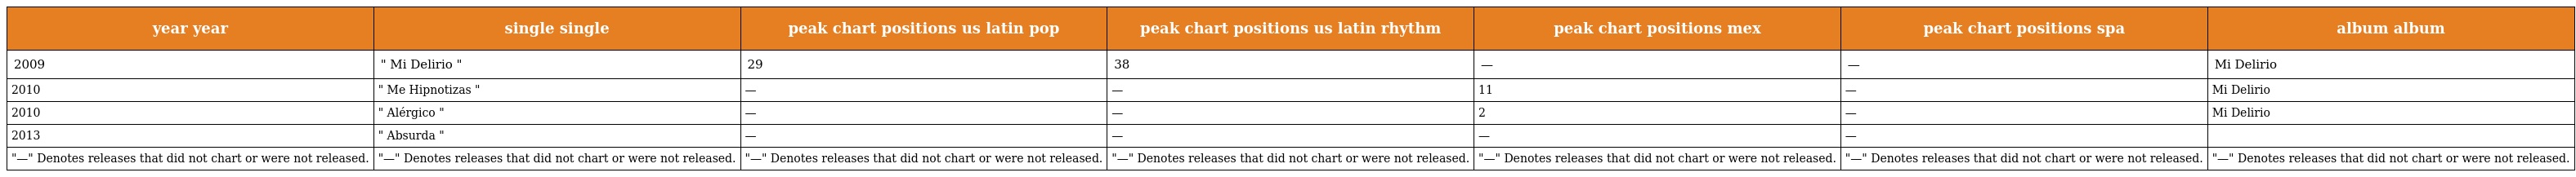
| year year | single single | peak chart positions us latin pop | peak chart positions us latin rhythm | peak chart positions mex | peak chart positions spa | album album |
 | --- | --- | --- | --- | --- | --- | --- |
 | 2009 | " Mi Delirio " | 29 | 38 | — | — | Mi Delirio |
 | 2010 | " Me Hipnotizas " | — | — | 11 | — | Mi Delirio |
 | 2010 | " Alérgico " | — | — | 2 | — | Mi Delirio |
 | 2013 | " Absurda " | — | — | — | — |  |
 | "—" Denotes releases that did not chart or were not released. | "—" Denotes releases that did not chart or were not released. | "—" Denotes releases that did not chart or were not released. | "—" Denotes releases that did not chart or were not released. | "—" Denotes releases that did not chart or were not released. | "—" Denotes releases that did not chart or were not released. | "—" Denotes releases that did not chart or were not released. |